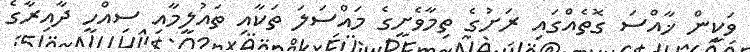
ވަކީން ޚާއްސަ ގޮތެއްގައި ރަށުގެ ތިމާވެށީގެ މައްސަލަ ތަކާއި ތައުލީމާއި ސިއްހީ ދާއިރާގެ